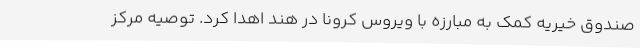
صندوق خیریه کمک به مبارزه با ویروس کرونا در هند اهدا کرد. توصیه مرکز